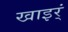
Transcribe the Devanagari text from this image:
खाइर्ं